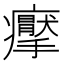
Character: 𱱭